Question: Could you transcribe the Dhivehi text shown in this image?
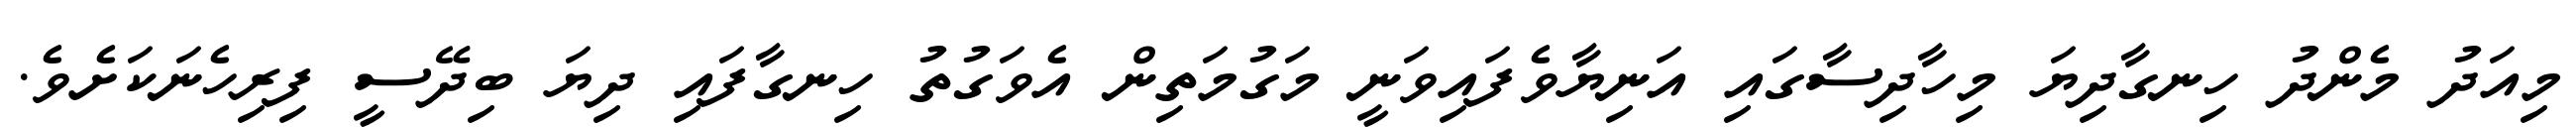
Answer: މިއަދު މެންދު ހިނގާދިޔަ މިހާދިސާގައި އަނިޔާވެފައިވަނީ މަގުމަތިން އެވަގުތު ހިނގާފައި ދިޔަ ބިދޭސީ ފިރިހެނަކަށެވެ.